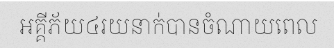
អគ្គីភ័យ៤រយនាក់បានចំណាយពេល